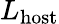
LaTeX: L_{\mathrm{{host}}}